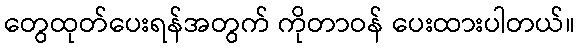
တွေထုတ်ပေးရန်အတွက် ကိုတာဝန် ပေးထားပါတယ်။